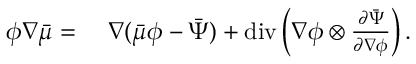
\begin{array} { r l } { \phi \nabla \bar { \mu } = } & { { } ~ \nabla ( \bar { \mu } \phi - \bar { \Psi } ) + \mathrm { d i v } \left( \nabla \phi \otimes \frac { \partial \bar { \Psi } } { \partial \nabla \phi } \right) . } \end{array}